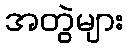
အတွဲများ